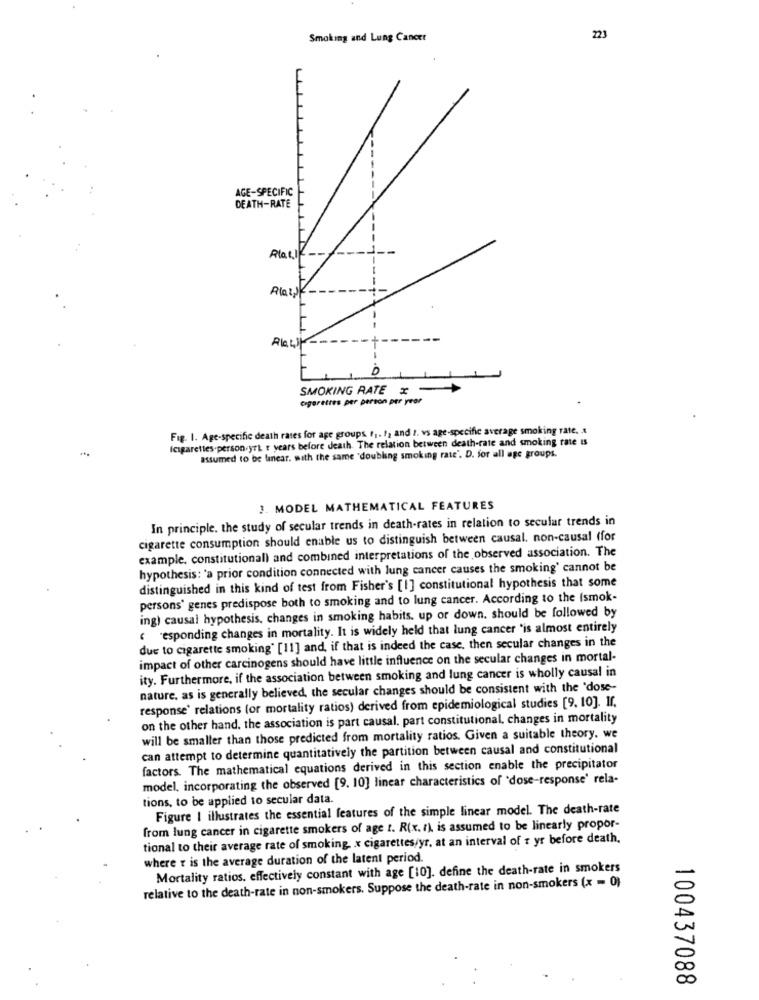
Smoking and Lung Cancer
223
AGE-SPECIFIC
DEATH-RATE
Plat1
LI
SMOKING RATE x
cigarettes per person per year
Fig. 1. Age-specific death rates for age groups f1. ! ) and 2. vs age-specific average smoking rate. .
Icigarettes-person.yri r years before death. The relation between death-rate and smoking rate Is
assumed to be linear. with the same "doubling smoking rate'. D. for all age groups.
3. MODEL MATHEMATICAL FEATURES
In principle. the study of secular trends in death-rates in relation to secular trends in
cigarette consumption should enable us to distinguish between causal. non-causal (for
example, constitutional) and combined interpretations of the observed association. The
hypothesis: 'a prior condition connected with lung cancer causes the smoking' cannot be
distinguished in this kind of test from Fisher's [1] constitutional hypothesis that some
persons' genes predispose both to smoking and to lung cancer. According to the Ismok-
ing) causal hypothesis, changes in smoking habits. up or down. should be followed by
responding changes in mortality. It is widely held that lung cancer "is almost entirely
due to cigarette smoking" [11] and, if that is indeed the case, then secular changes in the
impact of other carcinogens should have little influence on the secular changes in mortal-
ity. Furthermore, if the association between smoking and lung cancer is wholly causal in
nature, as is generally believed, the secular changes should be consistent with the 'dose-
response' relations (or mortality ratios) derived from epidemiological studies [9, 10]. If.
on the other hand, the association is part causal, part constitutional, changes in mortality
will be smaller than those predicted from mortality ratios. Given a suitable theory. we
can attempt to determine quantitatively the partition between causal and constitutional
factors. The mathematical equations derived in this section enable the precipitator
model, incorporating the observed [9. 10] linear characteristics of 'dose-response' rela-
tions, to be applied to secular data.
Figure | illustrates the essential features of the simple linear model. The death-rate
from lung cancer in cigarette smokers of age t. R(x. r), is assumed to be linearly propor-
tional to their average rate of smoking, x cigarettes/yr, at an interval of t yr before death.
where r is the average duration of the latent period.
Mortality ratios. effectively constant with age [10]. define the death-rate in smokers
relative to the death-rate in non-smokers. Suppose the death-rate in non-smokers (x = 0)
100437088